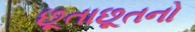
છૂતાછૂતનો